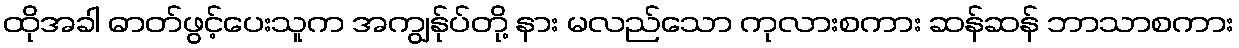
ထိုအခါ ဓာတ်ဖွင့်ပေးသူက အကျွန်ုပ်တို့ နား မလည်သော ကုလားစကား ဆန်ဆန် ဘာသာစကား